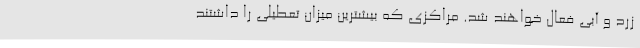
زرد و آبی فعال خواهند شد. مراکزی که بیشترین میزان تعطیلی را داشتند